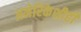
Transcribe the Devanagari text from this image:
अमेरिकेशीही